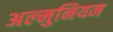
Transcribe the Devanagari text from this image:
अल्‍मुनियम